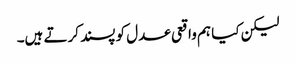
لیکن کیا ہم واقعی عدل کو پسند کرتے ہیں۔